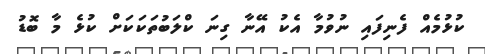
ކުޅުމެއް ފެނިފައި ނުވުމާ އެކު އޭނާ ގިނަ ކްލަބުތަކަކަށް ކުޅެ މާ ބޮޑު